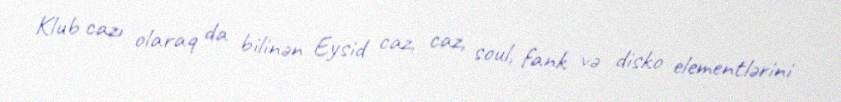
Klub cazı olaraq da bilinən Eysid caz, caz, soul, fank və disko elementlərini